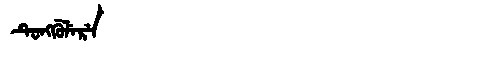
Manchu: ᡨᡠᠩᡤᡠᠯᡝᡵᡝ
Romanization: TUNGGULERE